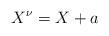
LaTeX: \begin{align*}X^{\nu}=X+a\end{align*}